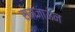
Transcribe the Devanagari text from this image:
समजाऊन